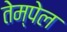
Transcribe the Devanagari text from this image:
तेम्पेल